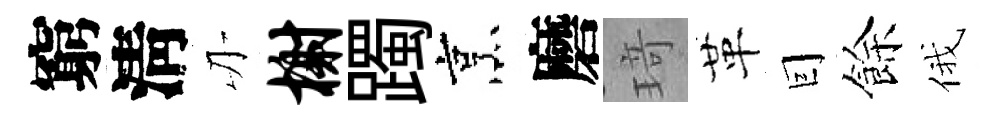
窮淸刃榭躅烹磨𤦺革囙餘俄